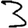
Digit: 3